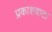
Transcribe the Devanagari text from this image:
प्रकाशवाटा